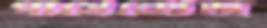
পার্সেন্টেজ